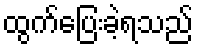
ထွက်ပြေးခဲ့ရသည်